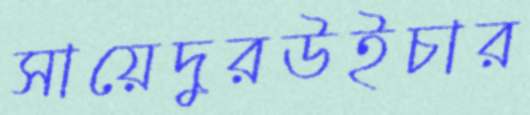
সায়েদুরউইচার